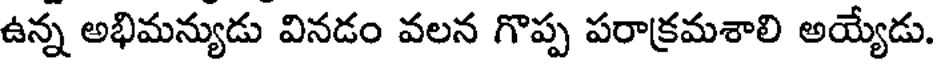
ఉన్న అభిమన్యుడు వినడం వలన గొప్ప పరాక్రమశాలి అయ్యేడు.